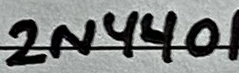
Text: 2N4401